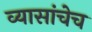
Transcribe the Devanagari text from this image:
व्यासांचेच